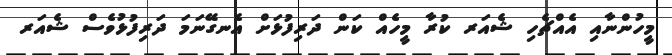
މީހުންނާއި އެއްޗެހި ޝެއަރ ކުރާ މީހެއް ކަން ދަރިފުޅަށް އެނގޭނަމަ ދަރިފުޅުވެސް ޝެއަރ